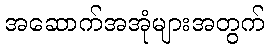
အဆောက်အအုံများအတွက်